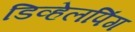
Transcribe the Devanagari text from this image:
डिव्हेलपिंग